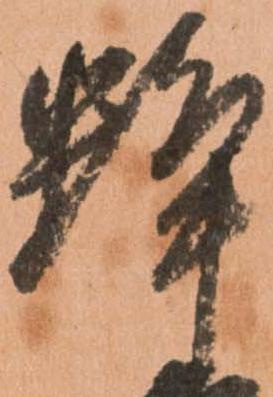
蜂